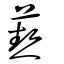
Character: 𤑔